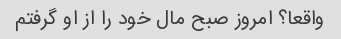
واقعا؟ امروز صبح مال خود را از او گرفتم